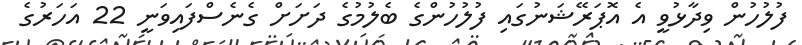
ފުލުހުން ވިދާޅުވީ އެ އޮޕަރޭޝަނުގައި ފުލުހުންގެ ބެލުމުގެ ދަށަށް ގެނެސްފައިވަނީ 22 އަހަރުގެ